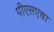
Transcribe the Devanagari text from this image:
पीएसएचा